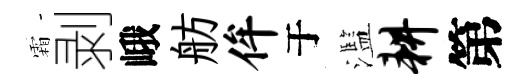
霜剥峨舫侔于濫耕第